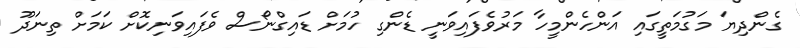
ގެންދިޔަ މަގުމަތީގައި އަންހެންމީހާ މަރުވެފައިވަނީ ޑެންގި ހުމަށް ޑައިގްނޯސް ވެފައިވަނިކޮށް ކަމަށް ތިނަދޫ